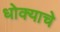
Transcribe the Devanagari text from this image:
धोक्‍याचे